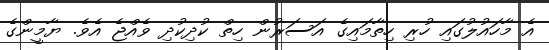
އެ މާހައުލުގައި ހުރި ހިތާމައިގެ އަސަރުން ހިތް ކުދިކުދި ވެއްޖެ އެވެ. ޔާމީންގެ